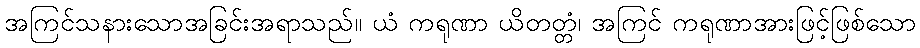
အကြင်သနားသောအခြင်းအရာသည်။ ယံ ကရုဏာ ယိတတ္တံ၊ အကြင် ကရုဏာအားဖြင့်ဖြစ်သော